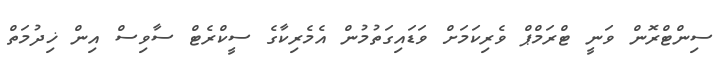
ސިންޓްރޮން ވަނީ ޓްރަމްޕް ވެރިކަމަށް ވަޑައިގަތުމުން އެމެރިކާގެ ސީކްރެޓް ސާވިސް އިން ޚިދުމަތް